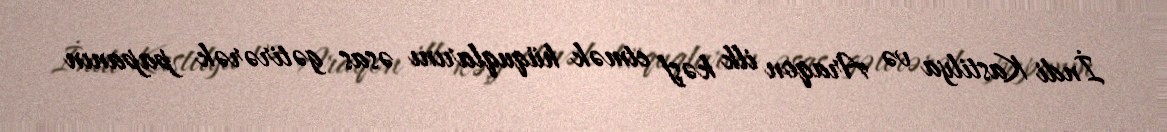
İndi Kastilya və Araqon ilk kəşf etmək hüquqlarını əsas gətirərək papanın